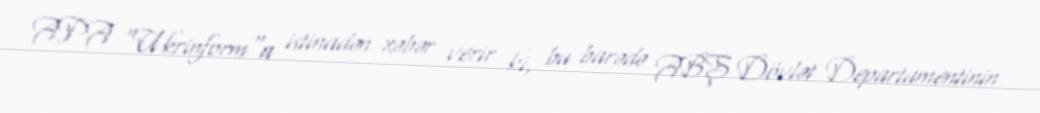
APA “Ukrinform“a istinadən xəbər verir ki, bu barədə ABŞ Dövlət Departamentinin